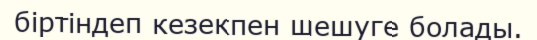
біртіндеп кезекпен шешуге болады.